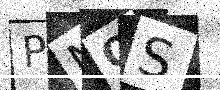
Text: PNQS